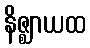
နိဇ္ဈာယထ